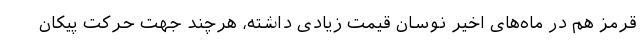
قرمز هم در ماه‌های اخیر نوسان قیمت زیادی داشته، هرچند جهت حرکت پیکان